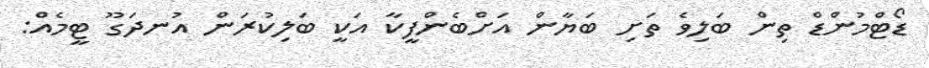
ޑޯޓްމުންޑް ތިން ބަލިވެ ތަށި ބަޔާން އަށްބެންފީކާ އަކީ ބަލިކުރަން އުނދަގޫ ޓީމެއް: